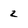
Character: 2